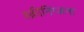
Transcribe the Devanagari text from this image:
स्क्रीनिंग्जना